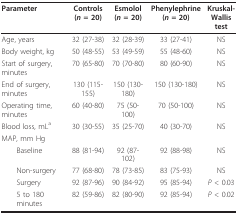
<table><thead><tr><td><b>Parameter</b></td><td><b>Controls(<i>n </i>= 20)</b></td><td><b>Esmolol(<i>n </i>= 20)</b></td><td><b>Phenylephrine(<i>n </i>= 20)</b></td><td><b>Kruskal-Wallis test</b></td></tr></thead><tbody><tr><td>Age, years</td><td>32 (27-38)</td><td>32 (28-39)</td><td>33 (27-41)</td><td>NS</td></tr><tr><td>Body weight, kg</td><td>50 (48-55)</td><td>53 (49-59)</td><td>55 (48-60)</td><td>NS</td></tr><tr><td>Start of surgery, minutes</td><td>70 (65-80)</td><td>70 (70-80)</td><td>80 (60-90)</td><td>NS</td></tr><tr><td>End of surgery, minutes</td><td>130 (115-155)</td><td>150 (130-180)</td><td>150 (130-180)</td><td>NS</td></tr><tr><td>Operating time, minutes</td><td>60 (40-80)</td><td>75 (50-100)</td><td>70 (50-100)</td><td>NS</td></tr><tr><td>Blood loss, mL<sup>a</sup></td><td>30 (30-55)</td><td>35 (25-70)</td><td>40 (30-70)</td><td>NS</td></tr><tr><td>MAP, mm Hg</td><td></td><td></td><td></td><td></td></tr><tr><td> Baseline</td><td>88 (81-94)</td><td>92 (87-102)</td><td>92 (88-98)</td><td>NS</td></tr><tr><td> Non-surgery</td><td>77 (68-80)</td><td>78 (73-85)</td><td>83 (75-93)</td><td>NS</td></tr><tr><td> Surgery</td><td>92 (87-96)</td><td>90 (84-92)</td><td>95 (85-94)</td><td><i>P </i>&lt; 0.03</td></tr><tr><td> 5 to 180 minutes</td><td>82 (59-86)</td><td>82 (80-90)</td><td>92 (85-94)</td><td><i>P </i>&lt; 0.02</td></tr></tbody></table>